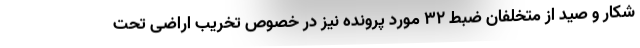
شکار و صید از متخلفان ضبط 32 مورد پرونده نیز در خصوص تخریب اراضی تحت